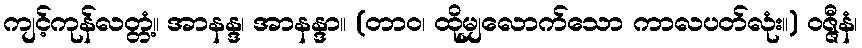
ကျင့်ကုန်လတ္တံ့။ အာနန္ဒ၊ အာနန္ဒာ။ (တာဝ၊ ထိုမျှလောက်သော ကာလပတ်လုံး။) ဝဇ္ဇီနံ၊